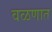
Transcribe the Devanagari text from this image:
वळणात